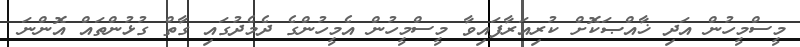
މީސްމީހުން އަދި ޚާއްޞަކޮށް ކުރިއަރާފައިވާ މީސްމީހުން އެމީހުންގެ ދެމެދުގައި ގާތް ގުޅުންތައް އޮންނަ